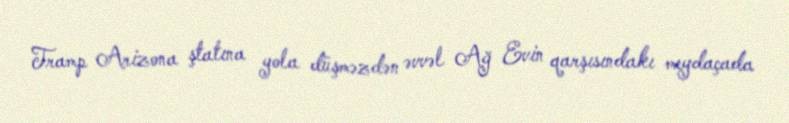
Tramp Arizona ştatına yola düşməzdən əvvəl Ağ Evin qarşısındakı meydaçada